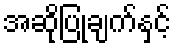
အဆိုပြုချက်နှင့်